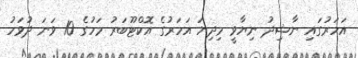
އަހަރުގައި ނާޝިދު ނިޔާވީ މިދިޔަ އަހަރުގެ އޮކްޓޫބަރު މަހުގެ 10 ވަނަ ދުވަހު